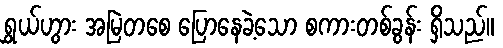
ရွှယ်ဟွား အမြဲတစေ ပြောနေခဲ့သော စကားတစ်ခွန်း ရှိသည်။